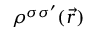
\rho ^ { \sigma \sigma ^ { \prime } } ( \vec { r } )